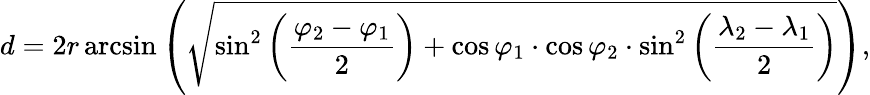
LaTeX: d=2r\arcsin\left(\sqrt{\sin^{2}\left(\frac{\varphi_{2}-\varphi_{1}}{2}\right)+\cos\varphi_{1}\cdot\cos\varphi_{2}\cdot\sin^{2}\left(\frac{\lambda_{2}-\lambda_{1}}{2}\right)}\right),